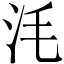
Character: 𣲭